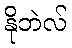
နိုဘဲလ်